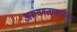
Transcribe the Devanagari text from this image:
अरूग्णताकारक